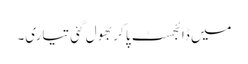
میں ڈائجسٹ پا کر بھول گئی تیاری۔